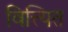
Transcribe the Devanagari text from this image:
वित्त्यित